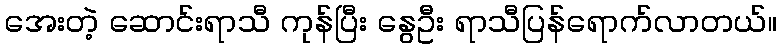
အေးတဲ့ ဆောင်းရာသီ ကုန်ပြီး နွေဦး ရာသီပြန်ရောက်လာတယ်။